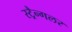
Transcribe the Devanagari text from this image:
स्ट्रैन्गलर